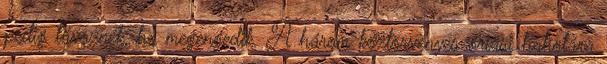
pedig távoznék, ha megengedik. A három köztörvényes óriási hahotára